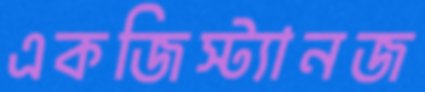
একজিস্ট্যানজ